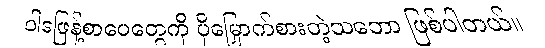
ဝါဒဖြန့်စာပေတွေကို ပိုမြှောက်စားတဲ့သဘော ဖြစ်ပါတယ်။